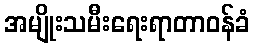
အမျိုးသမီးရေးရာတာဝန်ခံ